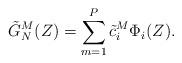
LaTeX: \begin{align*} \tilde G_N^M(Z)=\sum_{m=1}^P \tilde c_i^M \Phi_i(Z). \end{align*}